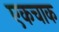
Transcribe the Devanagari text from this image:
एकचाक